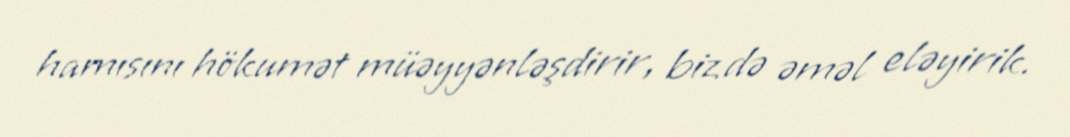
hamısını hökumət müəyyənləşdirir, biz də əməl eləyirik.